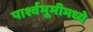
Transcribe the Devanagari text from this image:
पार्श्वभूमीमध्ये